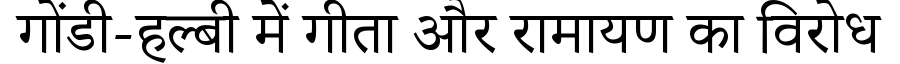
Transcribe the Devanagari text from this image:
गोंडी-हल्बी में गीता और रामायण का विरोध